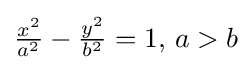
{\textstyle {\frac {x^{2}}{a^{2}}}-{\frac {y^{2}}{b^{2}}}=1,\,a>b}